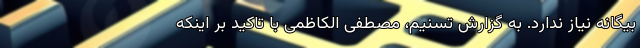
بیگانه نیاز ندارد. به گزارش تسنیم، مصطفی الکاظمی با تاکید بر اینکه